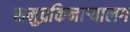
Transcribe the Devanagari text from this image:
समुद्रकिनाऱ्यालग